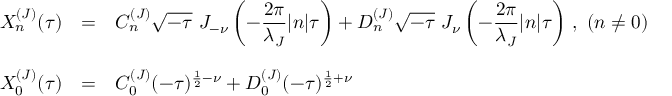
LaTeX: \begin{array} { l c l } { { X _ { n } ^ { ( J ) } ( \tau ) } } & { { = } } & { { { \displaystyle C _ { n } ^ { ( J ) } \sqrt { - \tau } ~ J _ { - \nu } \left( - \frac { 2 \pi } { \lambda _ { J } } | n | \tau \right) + D _ { n } ^ { ( J ) } \sqrt { - \tau } ~ J _ { \nu } \left( - \frac { 2 \pi } { \lambda _ { J } } | n | \tau \right) } ~ , ~ ( n \neq 0 ) } } \\ { { } } & { { } } & { { } } \\ { { X _ { 0 } ^ { ( J ) } ( \tau ) } } & { { = } } & { { { \displaystyle C _ { 0 } ^ { ( J ) } ( - \tau ) ^ { \frac { 1 } { 2 } - \nu } + D _ { 0 } ^ { ( J ) } ( - \tau ) ^ { \frac { 1 } { 2 } + \nu } } } } \end{array}